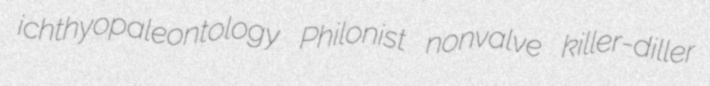
ichthyopaleontology Philonist nonvalve killer-diller